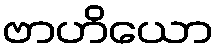
ဗာဟိယော